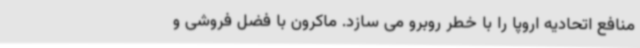
منافع اتحادیه اروپا را با خطر روبرو می سازد. ماکرون با فضل فروشی و